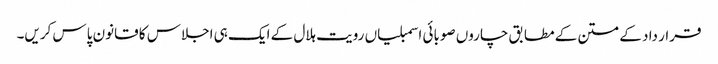
قرار داد کے متن کے مطابق چاروں صوبائی اسمبلیاں رویت ہلال کے ایک ہی اجلاس کا قانون پاس کریں۔